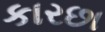
કારછા